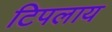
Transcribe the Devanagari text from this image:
टिपलाय